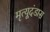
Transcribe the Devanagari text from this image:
मृत्यूदंडास